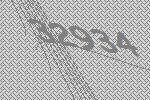
32934